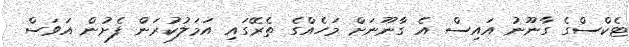
ޓެކްސްގެ ގާނޫނު އައިސް އެ ގާނޫނަށް މަހެއްގެ ތެރޭގައި އަމަލުކުރަން ފެށުން އަވަސް